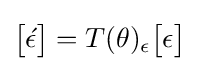
{\begin{bmatrix}{\acute {\epsilon }}\end{bmatrix}}=T(\theta )_{\epsilon }{\begin{bmatrix}\epsilon \end{bmatrix}}